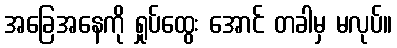
အခြေအနေကို ရှုပ်ထွေး အောင် တခါမှ မလုပ်။